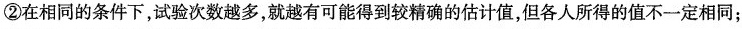
②在相同的条件下，试验次数越多，就越有可能得到较精确的估计值，但各人所得的值不一定相同；